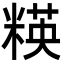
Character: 䊔